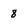
Character: 8